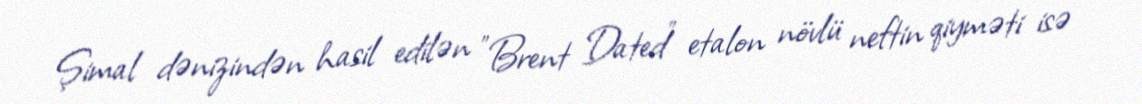
Şimal dənizindən hasil edilən "Brent Dated" etalon növlü neftin qiyməti isə